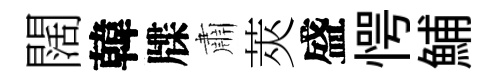
闊韓牒肅莢盛愕鯆